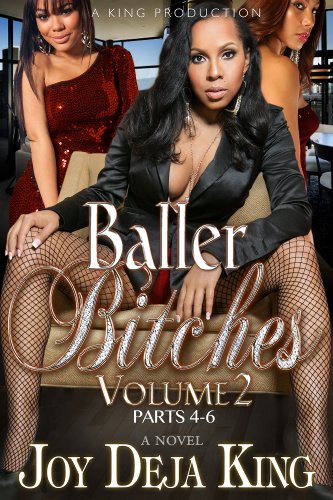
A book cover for Baller Bitches Volume 2 (Baller Bitches Series); Joy Deja King; Romance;